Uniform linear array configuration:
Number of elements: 12
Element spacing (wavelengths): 0.75
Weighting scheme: blackman
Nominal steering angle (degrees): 15
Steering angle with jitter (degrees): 14.787
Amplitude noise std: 0.05
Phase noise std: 0.05

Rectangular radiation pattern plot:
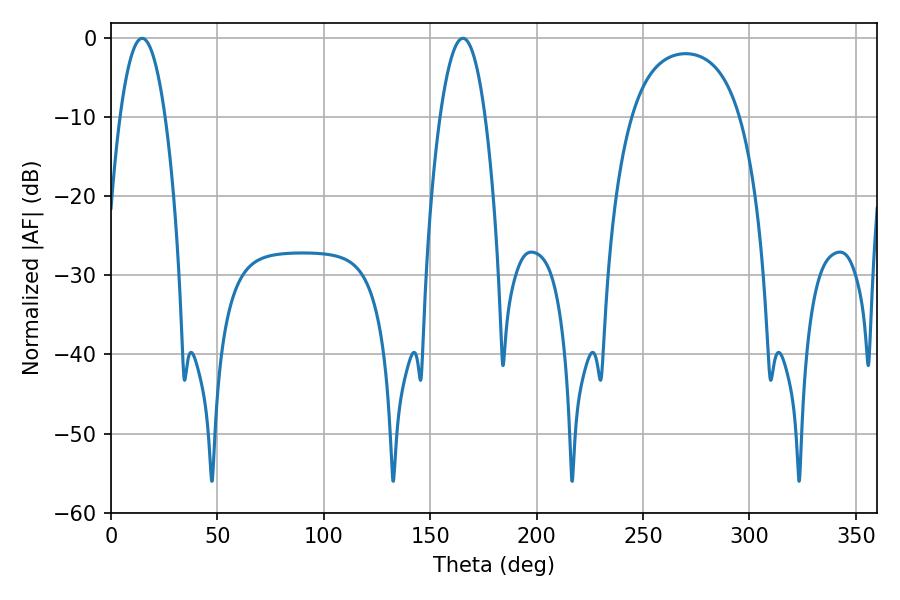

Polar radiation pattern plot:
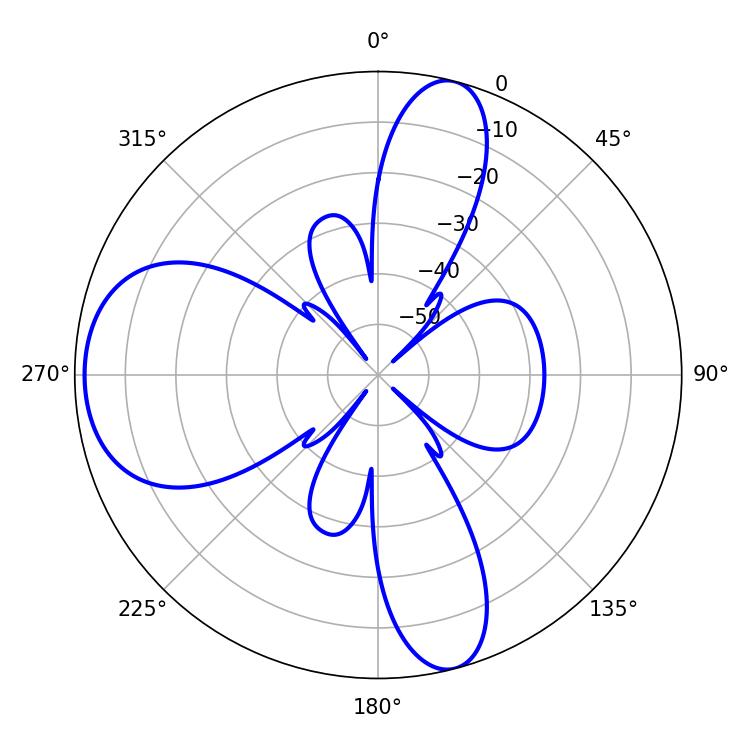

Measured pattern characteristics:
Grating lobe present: TRUE
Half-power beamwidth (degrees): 11.7
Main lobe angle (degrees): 14.58